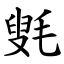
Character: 㲣